Indian journal of veterinary science and animal husbandry - Volume 7,
Year: 1937
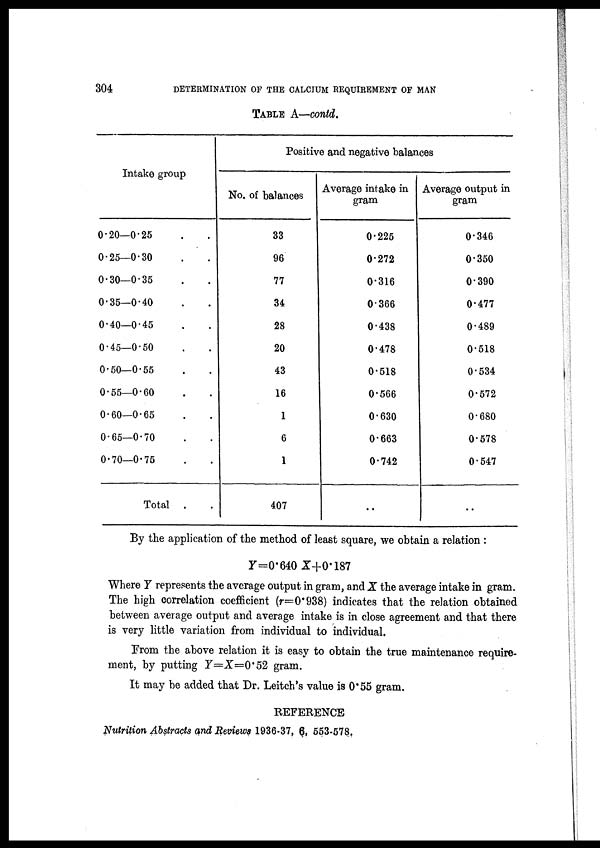
304
DETERMINATION OF THE CALCIUM REQUIREMENT OF MAN
TABLE A—contd.
Intake group
0.20—0.25 . .
0.25—0.30 . .
0.30—0.35 . .
0.35—0.40 . .
0.40—0.45 . .
0.45—0.50 . .
0.50—0.55 . .
0.55—0.60 . .
0.60—0.65 . .
0.65—0.70 . .
0.70—0.75 . .
Total . .
Positive and negative balances
No. of balances
33
96
77
34
28
20
43
16
1
6
1
407
Average intake in
gram
0.225
0.272
0.316
0 366
0.438
0.478
0.518
0.566
0.630
0.663
0.742
..
Average output in
gram
0.346
0.350
0.390
0.477
0.489
0.518
0.534
0.572
0.680
0.578
0.547
..
By the application of the method of least square, we obtain a relation :
Y=0.640 X+0. 187
Where Y represents the average output in gram, and X the average intake in gram.
The high correlation coefficient (r=0.938) indicates that the relation obtained
between average output and average intake is in close agreement and that there
is very little variation from individual to individual.
From the above relation it is easy to obtain the true maintenance require-
ment, by putting Y=X=0.52 gram.
It may be added that Dr. Leitch's value is 0.55 gram.
REFERENCE
Nutrition Abstracts and Reviews 1936-37, 6, 553-578.